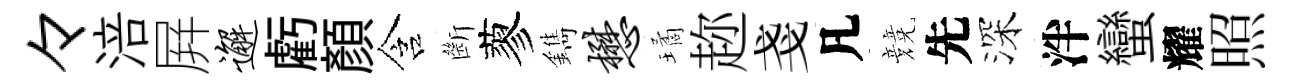
々涪屛邂虧顏含㫁蓼鐫懋璚趂戔凡競先深泮蠻耀照